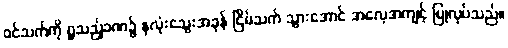
ဝင်သက်ကို ရှူသည့်ခဏ၌ နှလုံးသွေးအခုန် ငြိမ်သက် သွားအောင် အလေ့အကျင့် ပြုလုပ်သည်။